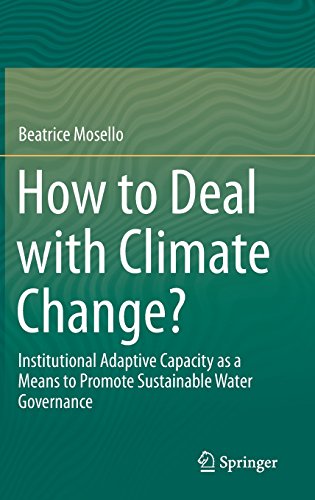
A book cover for How to Deal with Climate Change?: Institutional Adaptive Capacity as a Means to Promote Sustainable Water Governance; Beatrice Mosello; Law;